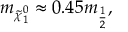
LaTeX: m _ { \tilde { \chi } _ { 1 } ^ { 0 } } \approx 0 . 4 5 m _ { \frac { 1 } { 2 } } ,